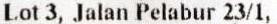
LOT 3, JALAN PELABUR 23/1,